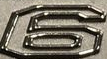
6